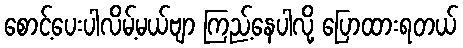
စောင့်ပေးပါလိမ့်မယ်ဗျာ ကြည့်နေပါလို့ ပြောထားရတယ်